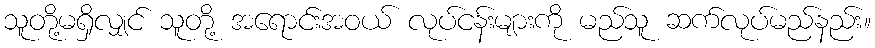
သူတို့မရှိလျှင် သူတို့ အရောင်းအဝယ် လုပ်ငန်းများကို မည်သူ ဆက်လုပ်မည်နည်း။